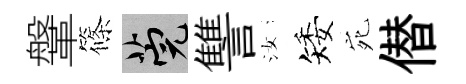
鞶篠筦讐汝矮宛僣